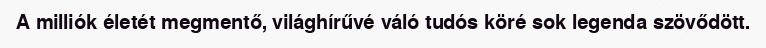
A milliók életét megmentő, világhírűvé váló tudós köré sok legenda szövődött.